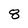
Character: 8